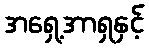
အရှေ့အာရှနှင့်